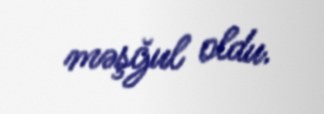
məşğul oldu.